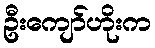
ဦးကျော်ဟိုးက